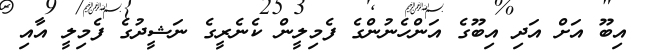
އިބޫ އަށް އަދި އިބޫގެ އަންހެނުންގެ ފެމިލީން ކެނެރީގެ ނަޝީދުގެ ފެމިލީ އާއި